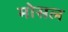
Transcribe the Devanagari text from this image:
मोसल